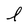
Character: l